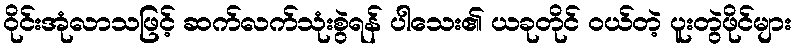
ဝိုင်းအုံလာသဖြင့် ဆက်လက်သုံးစွဲရန် ပါသေး၏ ယခုတိုင် ဝယ်တဲ့ ပူးတွဲဖိုင်များ